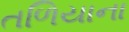
તળિયાના